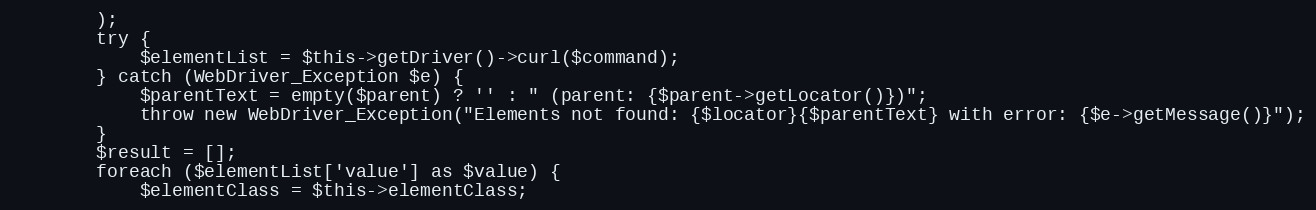
Language: PHP
        );
        try {
            $elementList = $this->getDriver()->curl($command);
        } catch (WebDriver_Exception $e) {
            $parentText = empty($parent) ? '' : " (parent: {$parent->getLocator()})";
            throw new WebDriver_Exception("Elements not found: {$locator}{$parentText} with error: {$e->getMessage()}");
        }
        $result = [];
        foreach ($elementList['value'] as $value) {
            $elementClass = $this->elementClass;